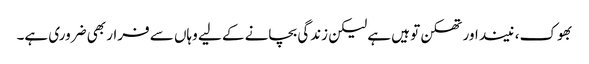
بھوک، نیند اور تھکن تو ہیں ہے لیکن زندگی بچانے کے لیے وہاں سے فرار بھی ضروری ہے۔